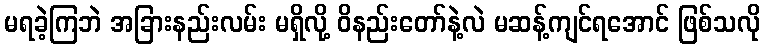
မရခဲ့ကြဘဲ အခြားနည်းလမ်း မရှိလို့ ဝိနည်းတော်နဲ့လဲ မဆန့်ကျင်ရအောင် ဖြစ်သလို